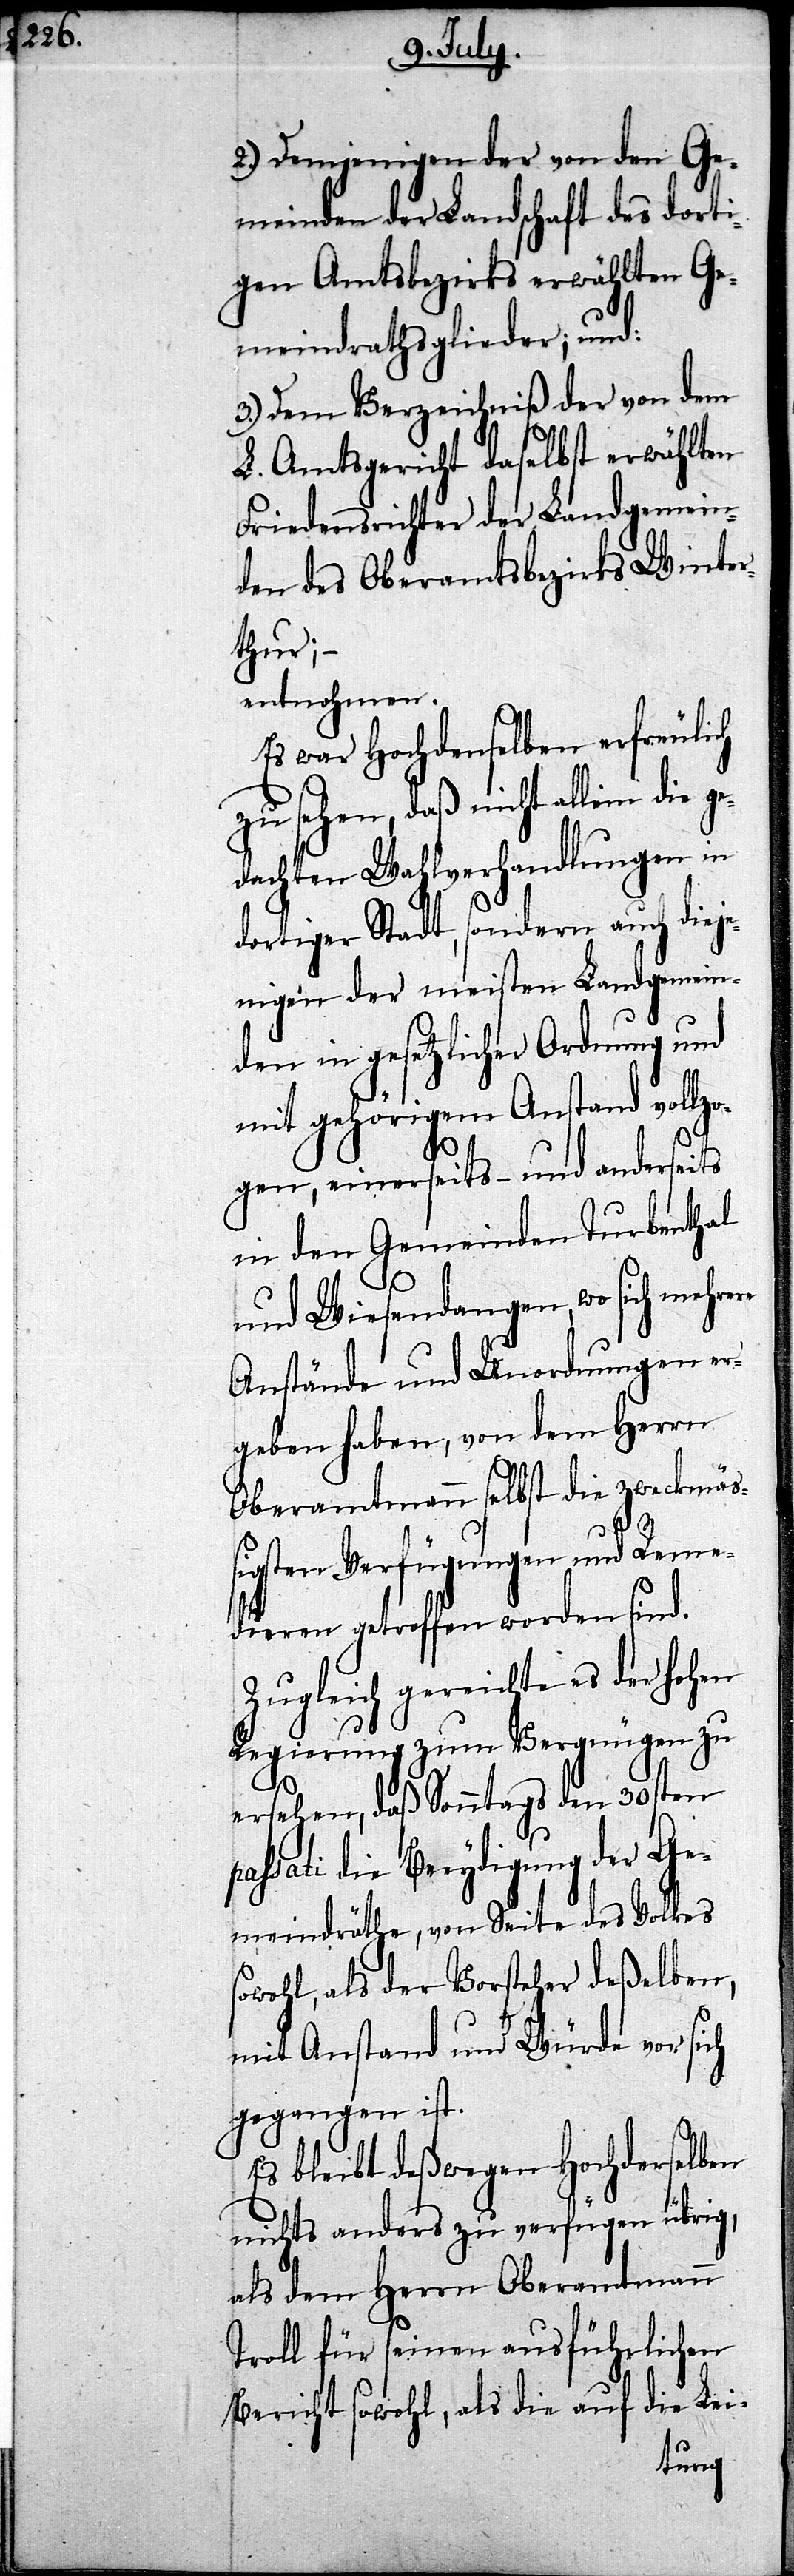
2.) Demjenigen der von den Ge¬
meinden der Landschaft des dorti¬
gen Amtsbezirks erwählten Ge¬
meindrathsglieder; und:
3.) Dem Verzeichniß der von dem
L. Amtsgericht daselbst erwählten
Friedensrichter der Landgemein¬
den des Oberamtsbezirks Winte¬
rthur; –
entnohmen.
Es war Hochdenselben erfreulich
zu sehen, daß nicht allein
dachten Wahlverhandlungen in
dortiger Stadt, sondern auch diej¬
enigen der meisten Landgemein¬
den in gesetzlicher Ordnung und
mit gehörigem Anstand vollzo¬
gen, einerseits – und anderseits
in den Gemeinden Turbenthal
und Wiesendangen, wo sich mehrere
Anstände und Unordnungen er¬
geben haben, von dem Herrn
Oberamtmann selbst die zweckmäß¬
igsten Verfügungen und Reme¬
dieren getroffen worden sind.
Zugleich gereichte es der Hohen
Regierung zum Vergnügen zu
ersehen, daß Sonntags den
s¬
ssati die Beeydigung
olkes
meindräthe, von Seite des
owohl, als der Vorsteher deßelben,
mit Anstand und Würde vor sich
gegangen ist.
Es bleibt deßwegen Hochderselben
nichts anders zu verfügen übrig,
als dem Herrn Oberamtmann
Troll für seinen ausführlichen
Bericht sowohl, als die auf die Lei-